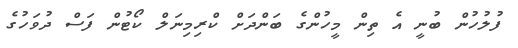
ފުލުހުން ބުނީ އެ ތިން މީހުންގެ ބަންދަށް ކްރިމިނަލް ކޯޓުން ފަސް ދުވަހުގެ